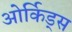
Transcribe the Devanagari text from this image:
ओर्किड्स